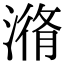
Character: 潃